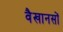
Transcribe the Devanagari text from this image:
वैखानसों